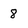
Character: 8